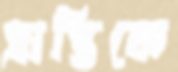
প্রাপ্তিকে